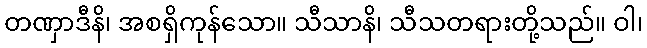
တဏှာဒီနိ၊ အစရှိကုန်သော။ သီသာနိ၊ သီသတရားတို့သည်။ ဝါ၊